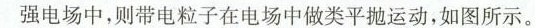
强电场中，则带电粒子在电场中做类平抛运动，如图所示。